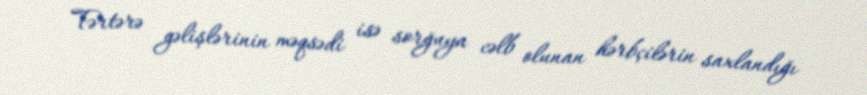
Tərtərə gəlişlərinin məqsədi isə sorğuya cəlb olunan hərbçilərin saxlandığı